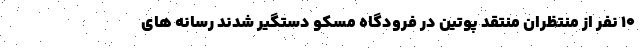
۱۰ نفر از منتظران منتقد پوتین در فرودگاه مسکو دستگیر شدند رسانه های